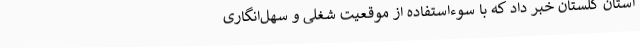
استان گلستان خبر داد که با سوءاستفاده از موقعیت شغلی و سهل‌انگاری